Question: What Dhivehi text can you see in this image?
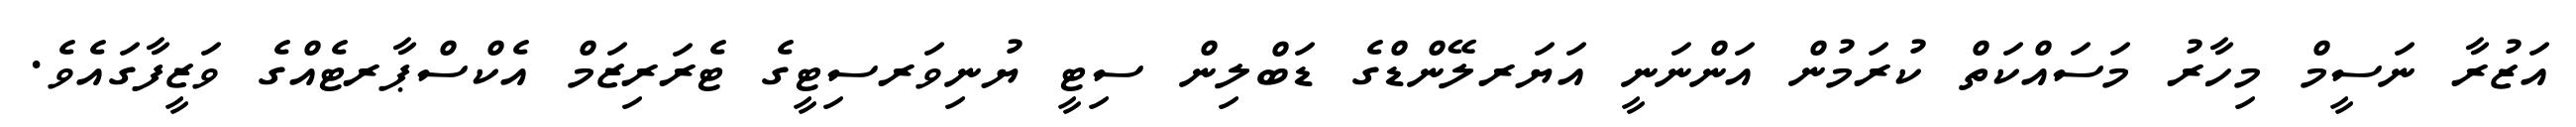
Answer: އަޒުރާ ނަސީމް މިހާރު މަސައްކަތް ކުރަމުން އަންނަނީ އަޔަރލޭންޑްގެ ޑަބްލިން ސިޓީ ޔުނިވަރސިޓީގެ ޓެރަރިޒަމް އެކްސްޕާރޓެއްގެ ވަޒީފާގައެވެ.